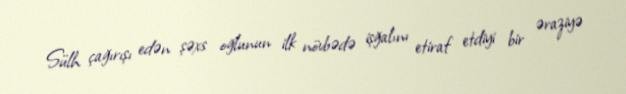
Sülh çağırışı edən şəxs oğlunun ilk növbədə işğalını etiraf etdiyi bir əraziyə